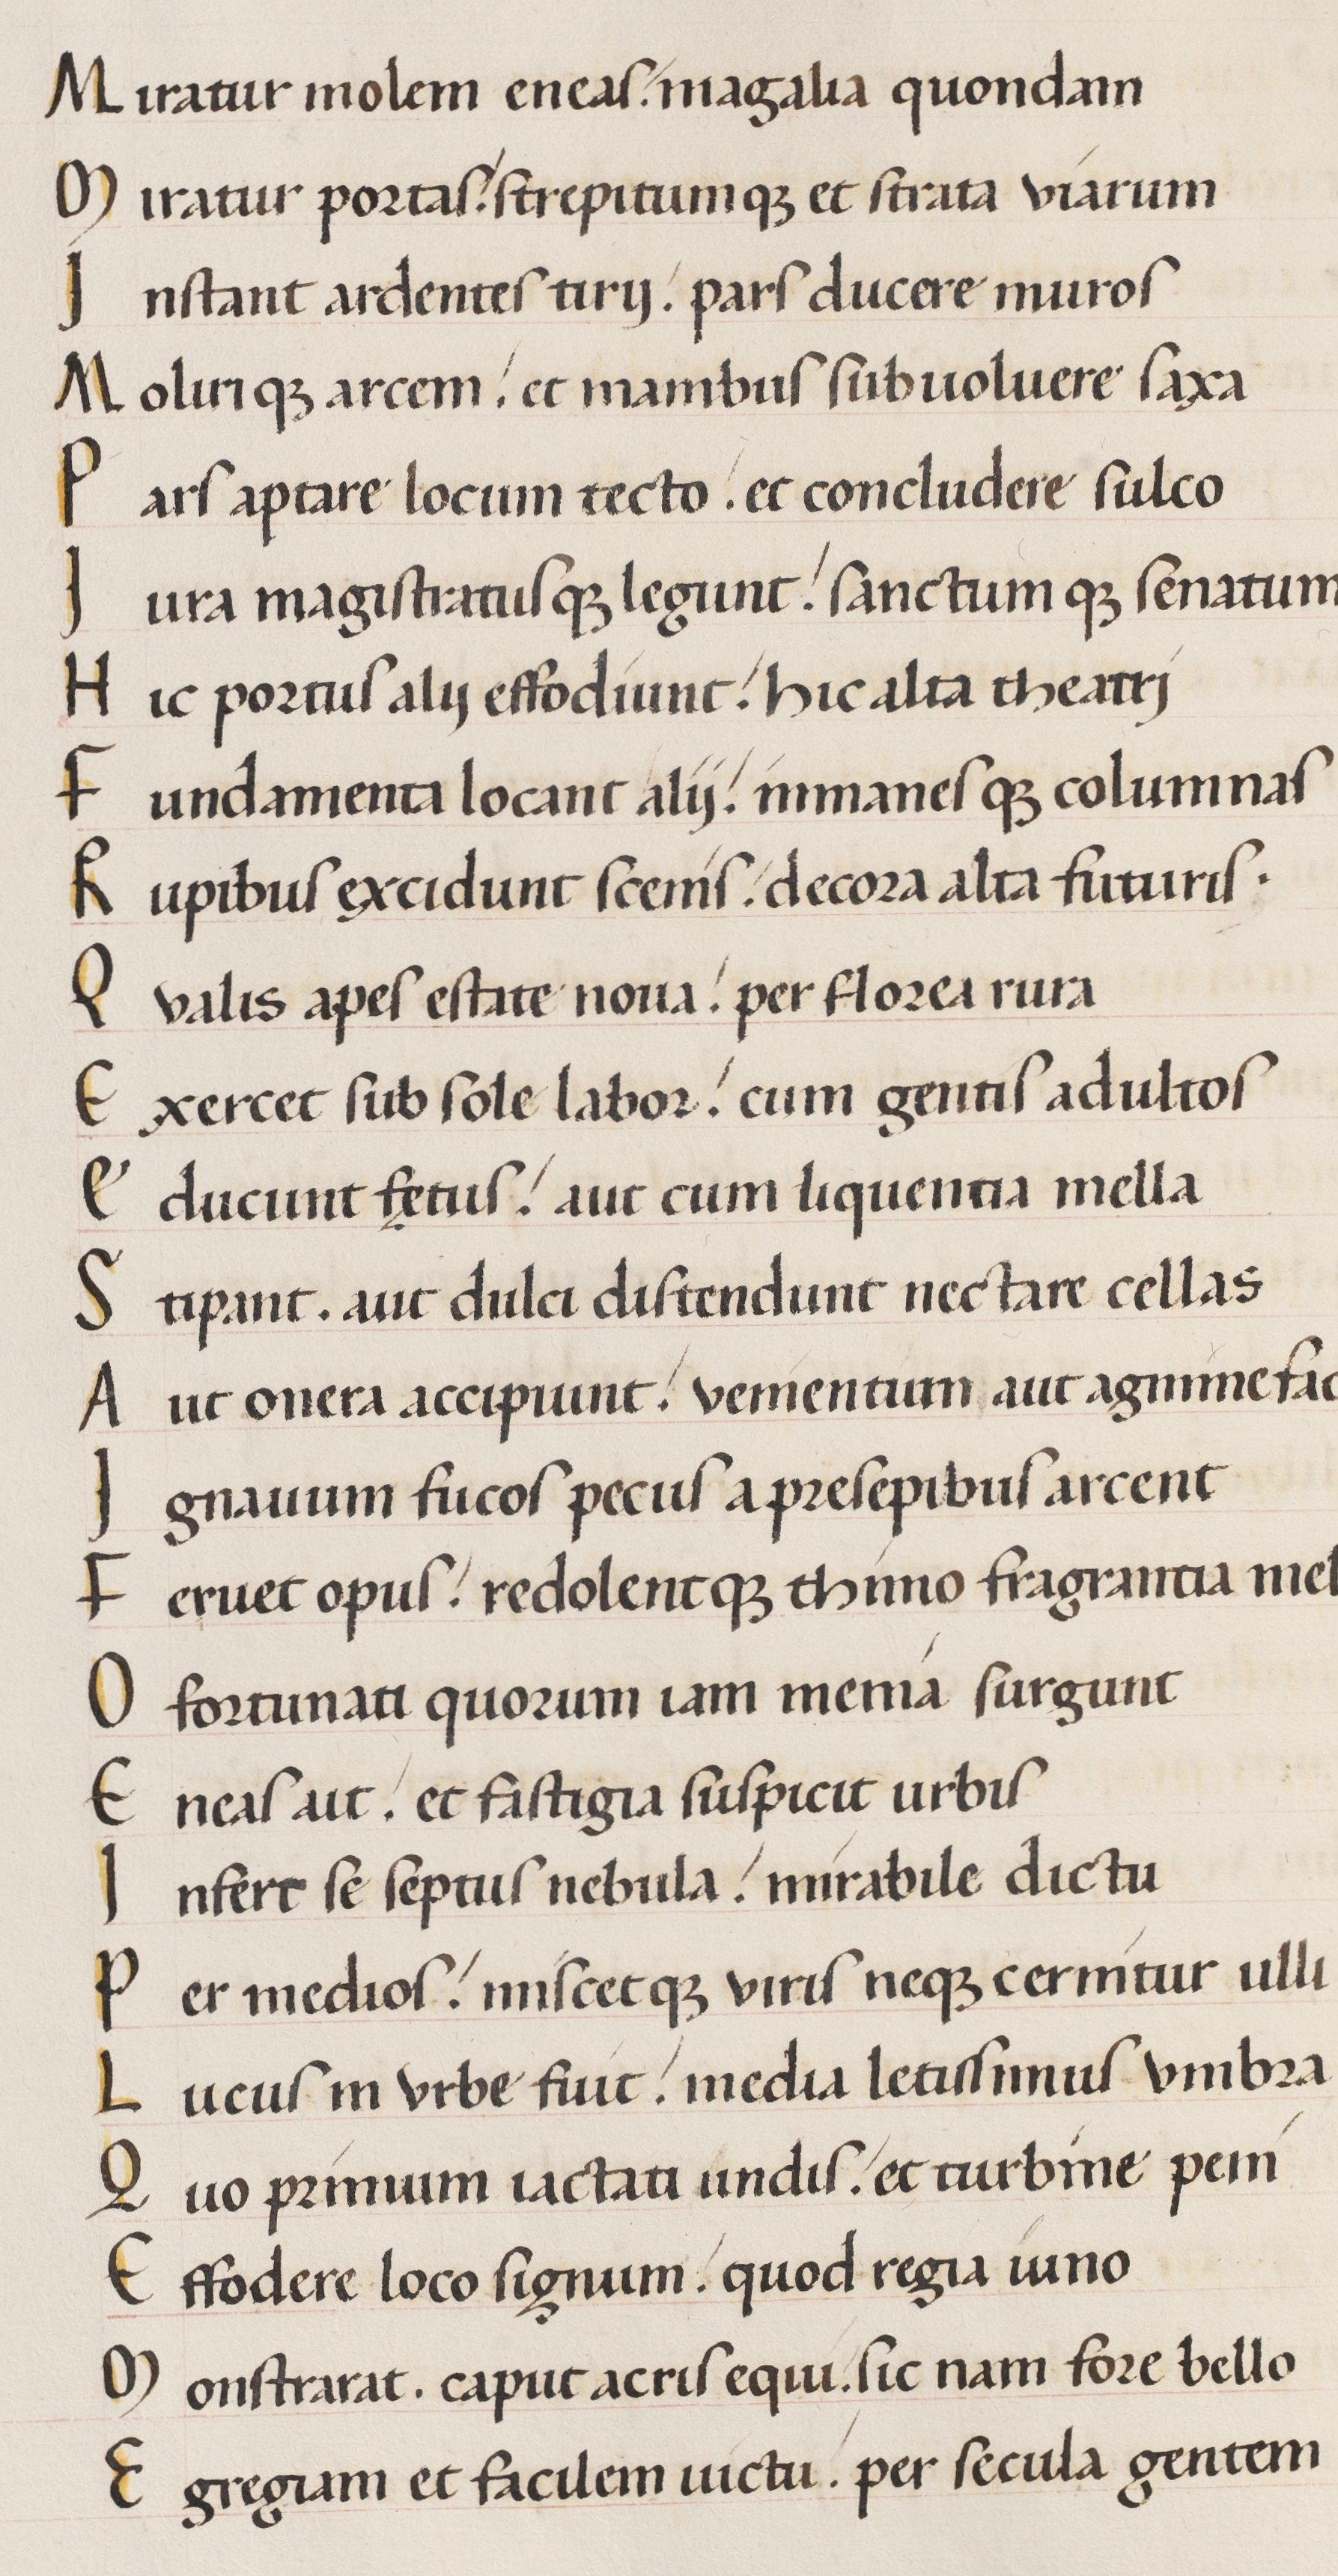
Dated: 1450–1474